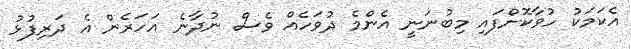
އެކަމަކު ހުވާކޮށްފައި މިބުނަނީ އެންމެ ދުވަހެއް ވެސް ނުދާނެ އަހަރެން އެ ދަރިފުޅު